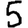
Digit: 5